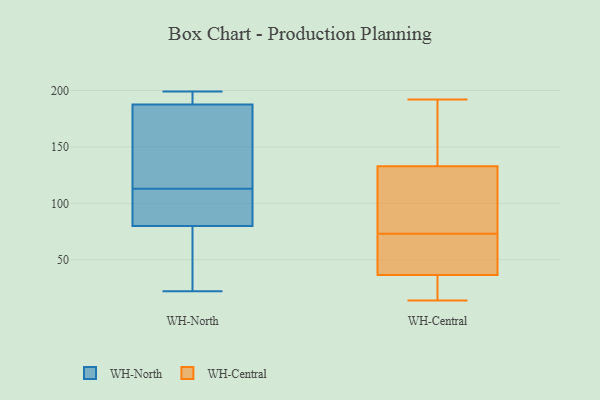
{"axis": {"x": "Conversion Rate (%)", "y": "Value"}, "legend": ["WH-Central", "WH-North"], "data": [{"x": "", "y": 30, "type": "WH-North"}, {"x": "", "y": 22, "type": "WH-North"}, {"x": "", "y": 86, "type": "WH-North"}, {"x": "", "y": 187, "type": "WH-North"}, {"x": "", "y": 103, "type": "WH-North"}, {"x": "", "y": 96, "type": "WH-North"}, {"x": "", "y": 51, "type": "WH-North"}, {"x": "", "y": 190, "type": "WH-North"}, {"x": "", "y": 98, "type": "WH-North"}, {"x": "", "y": 123, "type": "WH-North"}, {"x": "", "y": 147, "type": "WH-North"}, {"x": "", "y": 48, "type": "WH-North"}, {"x": "", "y": 191, "type": "WH-North"}, {"x": "", "y": 143, "type": "WH-North"}, {"x": "", "y": 91, "type": "WH-North"}, {"x": "", "y": 199, "type": "WH-North"}, {"x": "", "y": 74, "type": "WH-North"}, {"x": "", "y": 191, "type": "WH-North"}, {"x": "", "y": 188, "type": "WH-North"}, {"x": "", "y": 146, "type": "WH-North"}, {"x": "", "y": 41, "type": "WH-Central"}, {"x": "", "y": 28, "type": "WH-Central"}, {"x": "", "y": 78, "type": "WH-Central"}, {"x": "", "y": 21, "type": "WH-Central"}, {"x": "", "y": 172, "type": "WH-Central"}, {"x": "", "y": 108, "type": "WH-Central"}, {"x": "", "y": 14, "type": "WH-Central"}, {"x": "", "y": 99, "type": "WH-Central"}, {"x": "", "y": 192, "type": "WH-Central"}, {"x": "", "y": 43, "type": "WH-Central"}, {"x": "", "y": 96, "type": "WH-Central"}, {"x": "", "y": 73, "type": "WH-Central"}, {"x": "", "y": 21, "type": "WH-Central"}, {"x": "", "y": 51, "type": "WH-Central"}, {"x": "", "y": 188, "type": "WH-Central"}, {"x": "", "y": 141, "type": "WH-Central"}, {"x": "", "y": 182, "type": "WH-Central"}, {"x": "", "y": 35, "type": "WH-Central"}, {"x": "", "y": 47, "type": "WH-Central"}]}